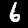
Label: 6